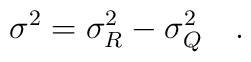
\sigma^2=\sigma_R^2-\sigma_Q^2~~~.